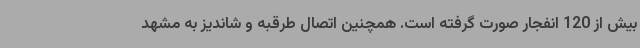
بیش از 120 انفجار صورت گرفته است. همچنین اتصال طرقبه و شاندیز به مشهد